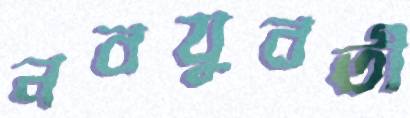
নবযুবতী